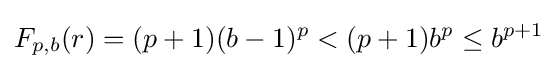
F_{p,b}(r)=(p+1)(b-1)^{p}<(p+1)b^{p}\leq b^{p+1}